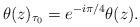
LaTeX: \begin{align*}\theta(z)_{\tau_0}=e^{-i\pi/4}\theta(z). \end{align*}